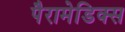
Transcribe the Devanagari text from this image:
पैरामेडिक्स